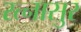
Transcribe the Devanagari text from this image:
रत्नासुर